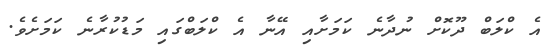
އެ ކްލަބް ދޫކޮށް ނުދާނެ ކަމަށާއި އޭނާ އެ ކްލަބްގައި މަޑުކުރާނެ ކަމަށެވެ.